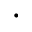
\cdot